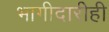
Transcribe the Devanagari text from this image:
भागीदारीही